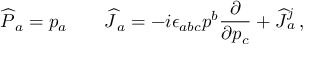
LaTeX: { \widehat { \cal P } } { } _ { a } = p _ { a } \qquad { \widehat { \cal J } } { } _ { a } = - i \epsilon _ { a b c } p ^ { b } \frac { \partial } { \partial p _ { c } } + { \widehat J } { } _ { a } ^ { j } \, ,